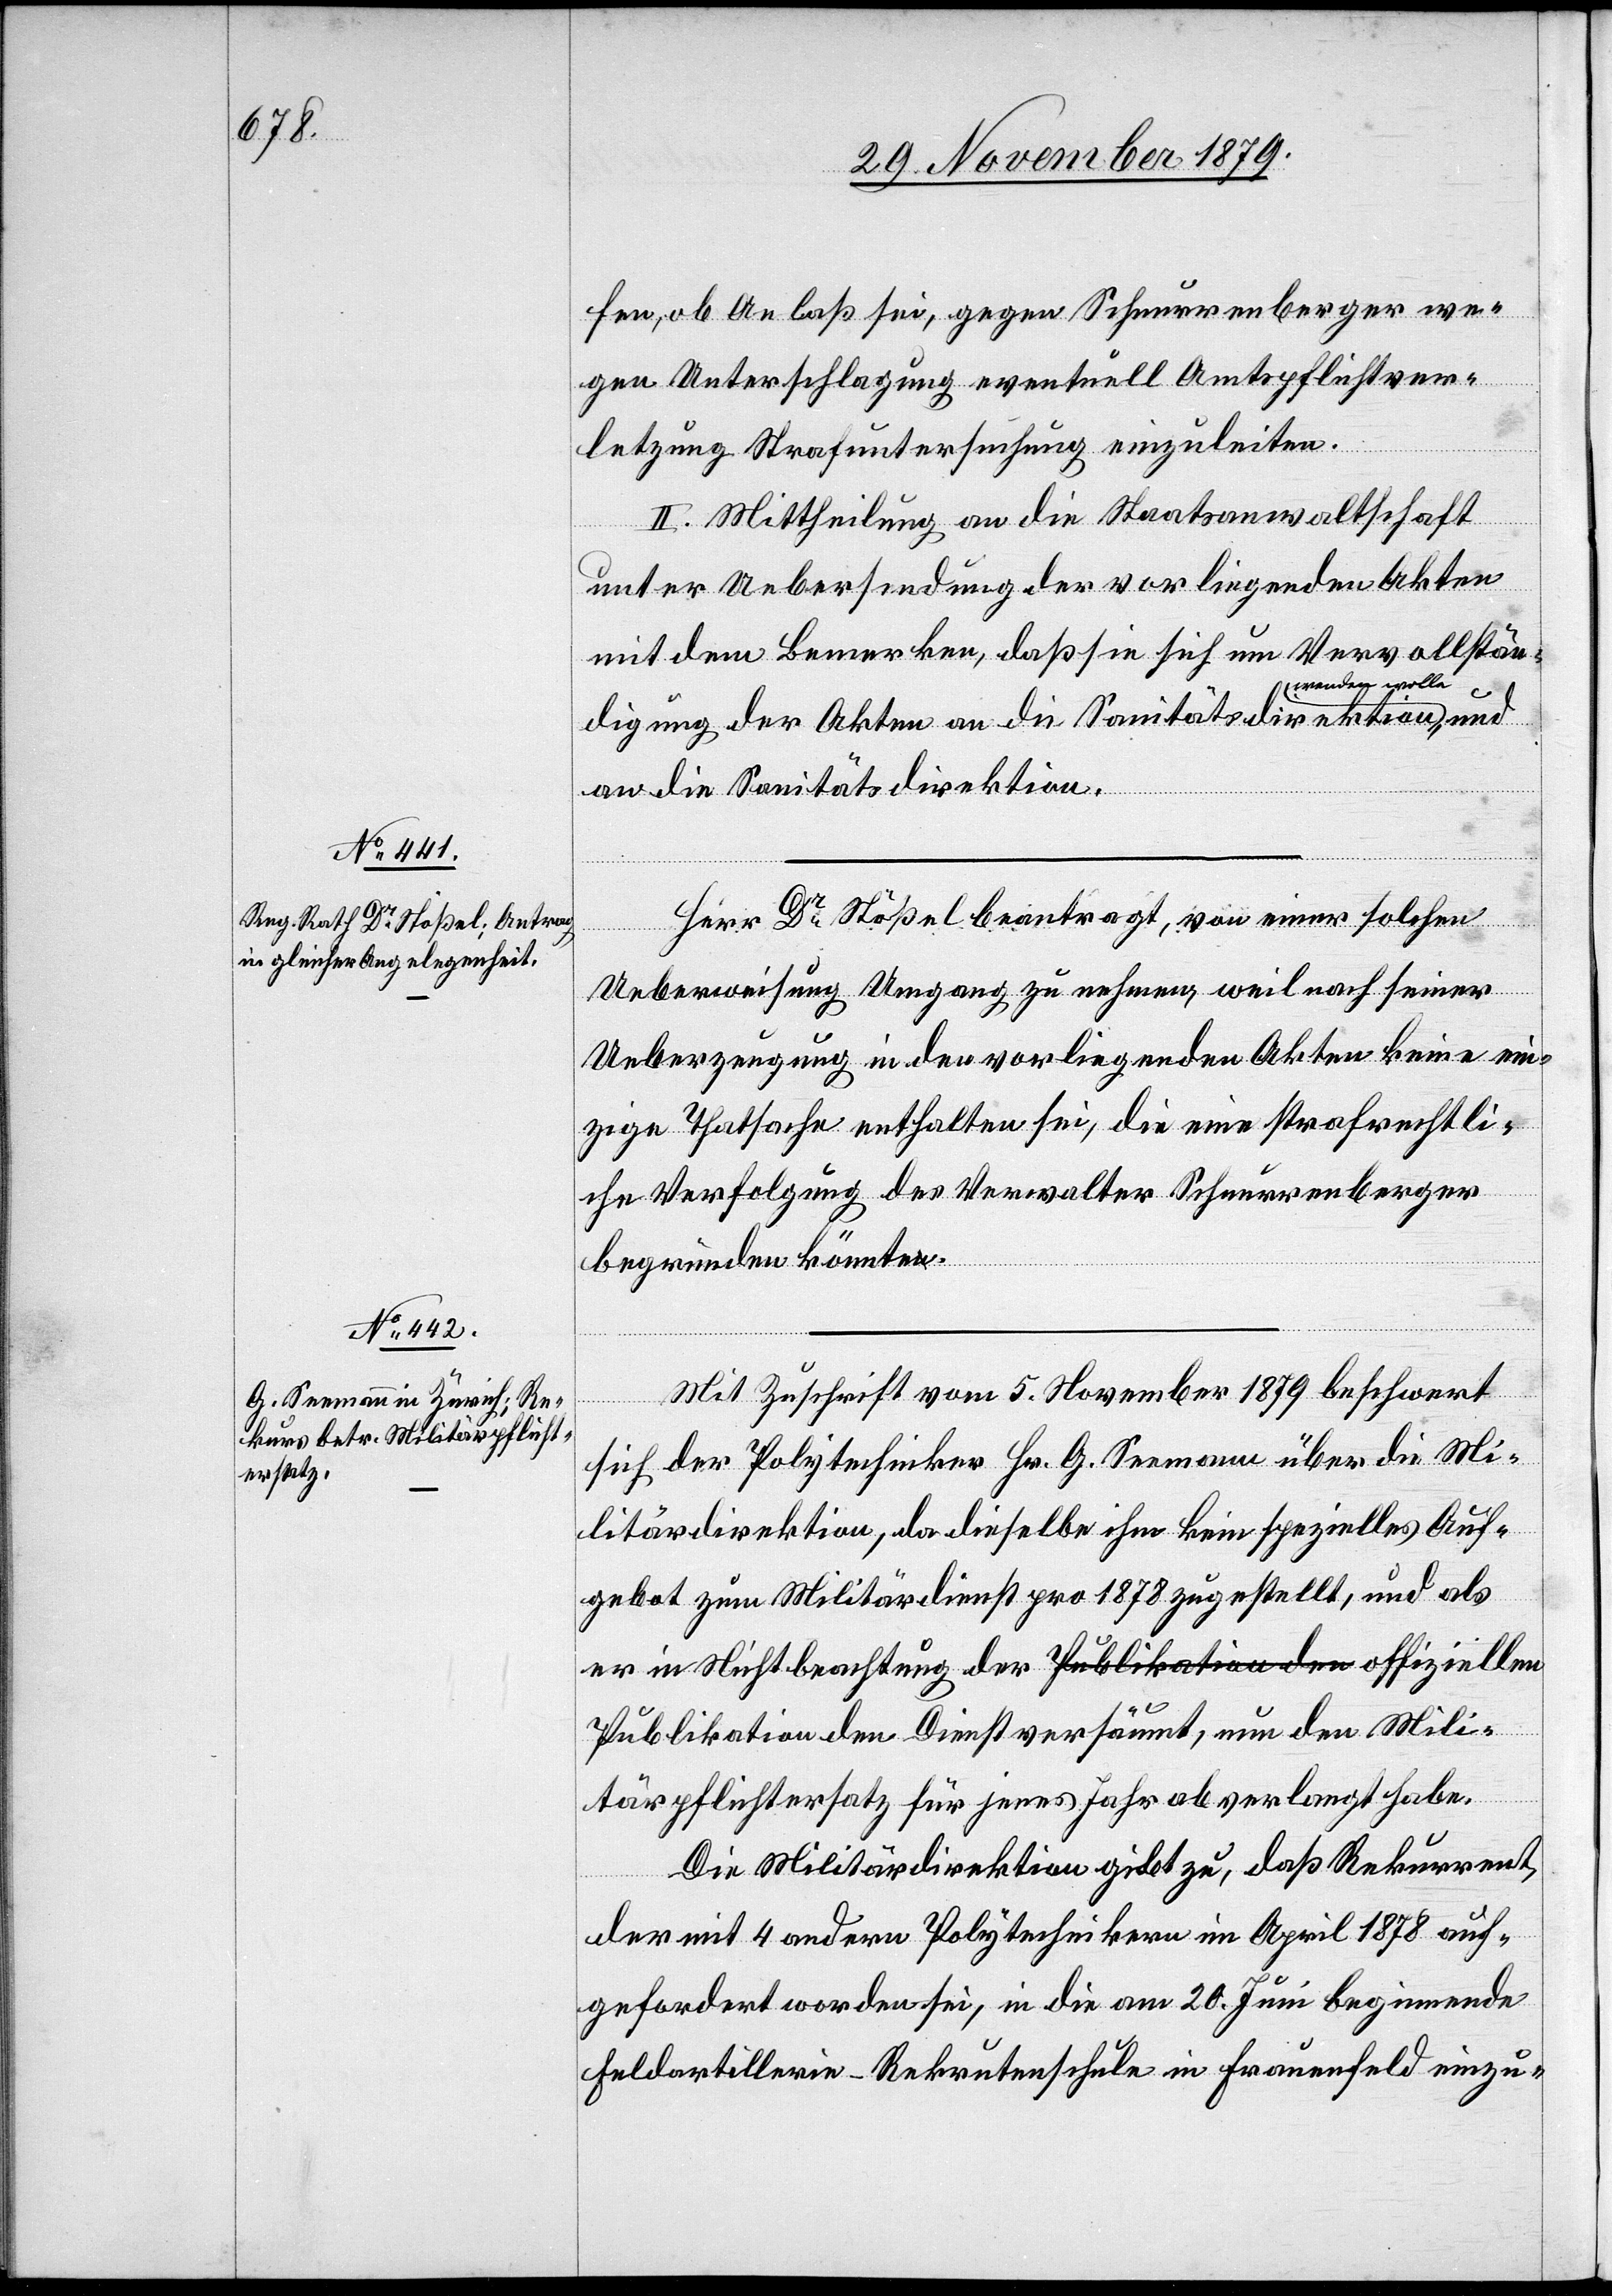
fen, ob Anlaß sei, gegen Schnurrenberger we¬
gen Unterschlagung eventuell Amtspflichtver¬
Mil¬
letzung Strafuntersuchung einzuleiten.
II. Mittheilung an die Staatsanwaltschaft
unter Uebersendung der vorliegenden Akten
mit dem Bemerken, daß sie sich um Vervollstän¬
a-wenden wolle-a,
digung der Akten an die Sanitätsdirektion
an die Sanitätsdirektion.
Herr Dr Stößel beantragt, von einer solchen
Ueberweisung Umgang zu nehmen, weil nach seiner
Ueberzeugung in den vorliegenden Akten keine ein¬
zige Thatsache enthalten sei, die eine strafrechtli¬
che Verfolgung des Verwalter Schnurrenberger
begründen könnte.
Mit Zuschrift vom 5. November 1879 beschwert
sich der Polytechniker Hr. G. Seemann über die Mi¬
litärdirektion, da dieselbe ihm kein spezielles Auf¬
gebot zum Militärdienst pro 1878 zugestellt, und als
er in Nichtbeachtung der offiziellen Publikation
itärpflichtersatz für jenes Jahr abverlangt habe.
Die Militärdirektion gibt zu, daß Rekurrent,
der mit 4 andern Polytechnikern im April 1878 auf¬
gefordert worden sei, in die am 20. Juni beginnende
Feldartillerie-Rekrutenschule in Frauenfeld einzu-